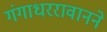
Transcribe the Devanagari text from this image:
गंगाधररावानने